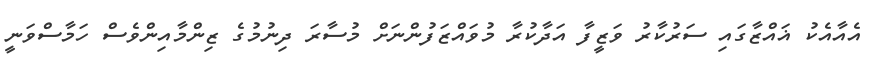
އެއާއެކު ޣައްޒާގައި ސަރުކާރު ވަޒީފާ އަދާކުރާ މުވައްޒަފުންނަށް މުސާރަ ދިނުމުގެ ޒިންމާއިންވެސް ހަމާސްވަނީ